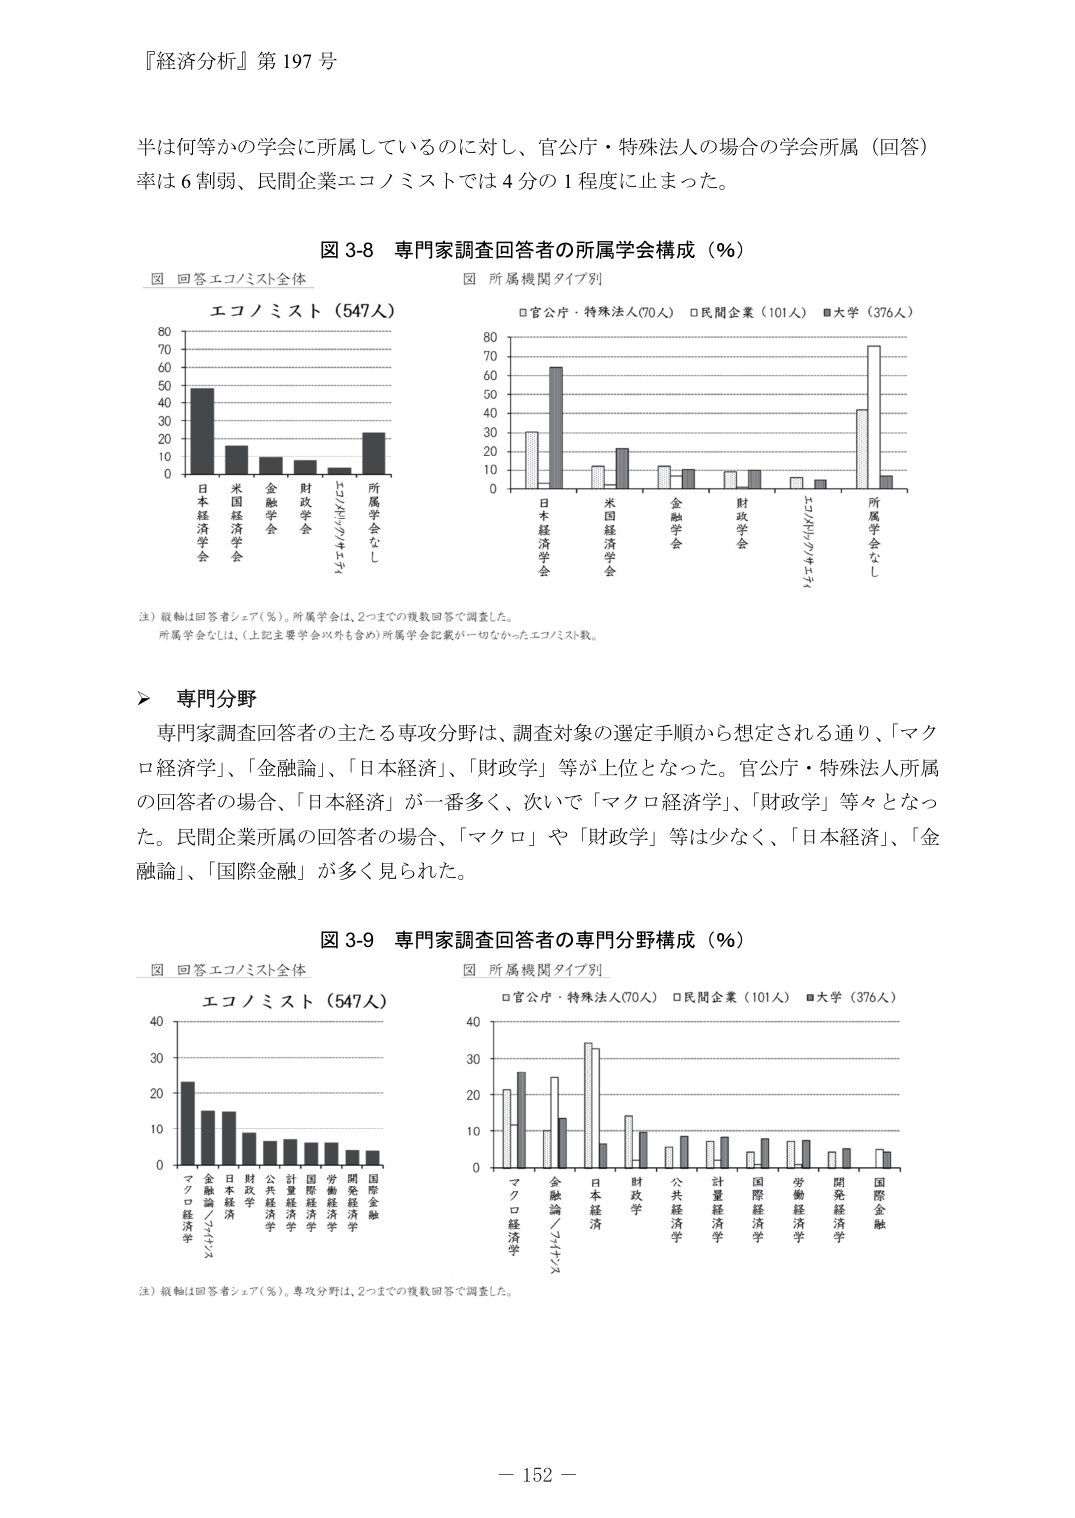
『経済分析』第197号

半は何等かの学会に所属しているのに対し、官公庁・特殊法人の場合の学会所属（回答）率は6割弱、民間企業エコノミストでは4分の1程度に止まった。

図3-8 専門家調査回答者の所属学会構成（％）

□ 回答エコノミスト全体
□ 所属機関タイプ別

エコノミスト（547人）

□官公庁・特殊法人（70人） □民間企業（101人） ■大学（376人）

注）縦軸は回答者シェア（％）。所属学会は、2つまでの複数回答で調査した。
所属学会なしは、（上記主要学会以外を含め）所属学会記載が一切なかったエコノミスト数。

▶ 専門分野

専門家調査回答者の主たる専攻分野は、調査対象の選定手順から想定される通り、「マクロ経済学」、「金融論」、「日本経済」、「財政学」等が上位となった。官公庁・特殊法人所属の回答者の場合、「日本経済」が一番多く、次いで「マクロ経済学」、「財政学」等々となった。民間企業所属の回答者の場合、「マクロ」や「財政学」等は少なく、「日本経済」、「金融論」、「国際金融」が多く見られた。

図3-9 専門家調査回答者の専門分野構成（％）

□ 回答エコノミスト全体
□ 所属機関タイプ別

エコノミスト（547人）

□官公庁・特殊法人（70人） □民間企業（101人） ■大学（376人）

注）縦軸は回答者シェア（％）。専攻分野は、2つまでの複数回答で調査した。

－152－